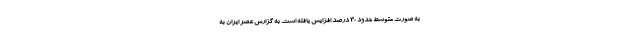
به صورت متوسط حدود 30 درصد افزایش یافته است. به گزارش عصر ایران به